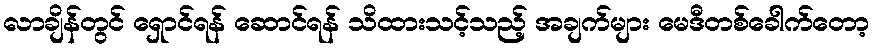
လာချိန်တွင် ရှောင်ရန် ဆောင်ရန် သိထားသင့်သည့် အချက်များ မေဒီတစ်ခေါက်တော့